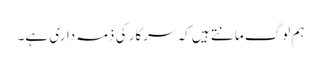
ہم لوگ مانتے ہیں کہ سرکار کی ذمہ داری ہے۔